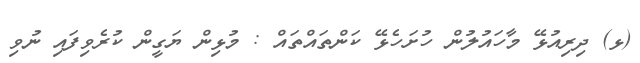
(ޅ) ދިރިއުޅޭ މާހައުލުން ހުށަހެޅޭ ކަންތައްތައް : މުޅިން ޔަގީން ކުރެވިފައި ނުވި